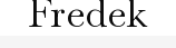
Fredek